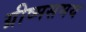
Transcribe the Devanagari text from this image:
ग्रीष्मसमय